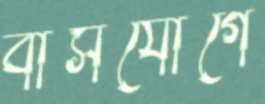
বাসযোগে